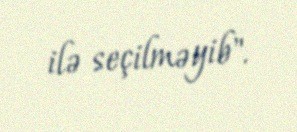
ilə seçilməyib".